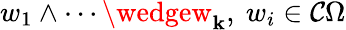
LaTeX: w_{1}\wedge\cdots\wedgew_{\mathbf{k}},~w_{i}\in{\mathcal{{C}}}\Omega